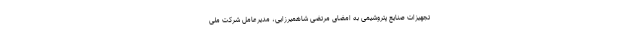
تجهیزات صنایع پتروشیمی به امضای مرتضی شاهمیرزایی، مدیرعامل شرکت ملی